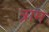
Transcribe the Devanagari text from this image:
त्राम